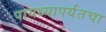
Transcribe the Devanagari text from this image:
पायथ्यापर्यंतचा